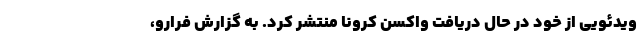
ویدئویی از خود در حال دریافت واکسن کرونا منتشر کرد. به گزارش فرارو،